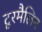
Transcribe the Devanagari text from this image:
टूरमैलिन